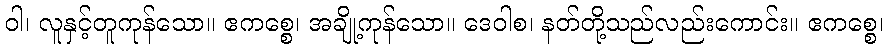
ဝါ၊ လူနှင့်တူကုန်သော။ ဧကစ္စေ၊ အချို့ကုန်သော။ ဒေဝါစ၊ နတ်တို့သည်လည်းကောင်း။ ဧကစ္စေ၊